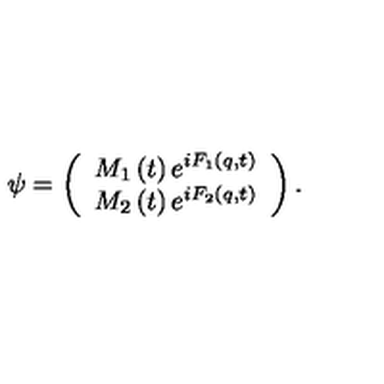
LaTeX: \psi = \left( \begin{array} { l } { M _ { 1 } \left( t \right) e ^ { i F _ { 1 } \left( q , t \right) } } \\ { M _ { 2 } \left( t \right) e ^ { i F _ { 2 } \left( q , t \right) } } \\ \end{array} \right) . \,